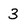
Character: 3